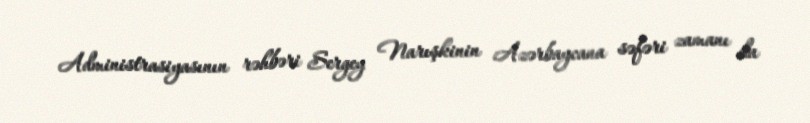
Administrasiyasının rəhbəri Sergey Narışkinin Azərbaycana səfəri zamanı da